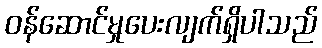
ဝန်ဆောင်မှုပေးလျက်ရှိပါသည်